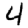
Digit: 4